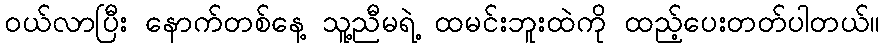
ဝယ်လာပြီး နောက်တစ်နေ့ သူ့ညီမရဲ့ ထမင်းဘူးထဲကို ထည့်ပေးတတ်ပါတယ်။